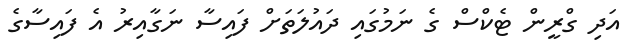
އަދި ގްރީން ޓެކްސް ގެ ނަމުގައި ދައުލަތަށް ފައިސާ ނަގާއިރު އެ ފައިސާގެ